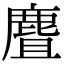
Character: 麆